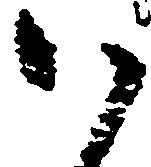
御